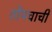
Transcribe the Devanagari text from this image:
तोंपचाची